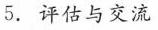
5.评估与交流